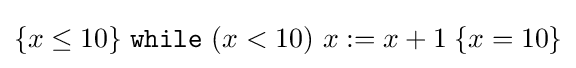
\{x\leq 10\}\;{\mathtt {while}}\ (x<10)\ x:=x+1\;\{x=10\}